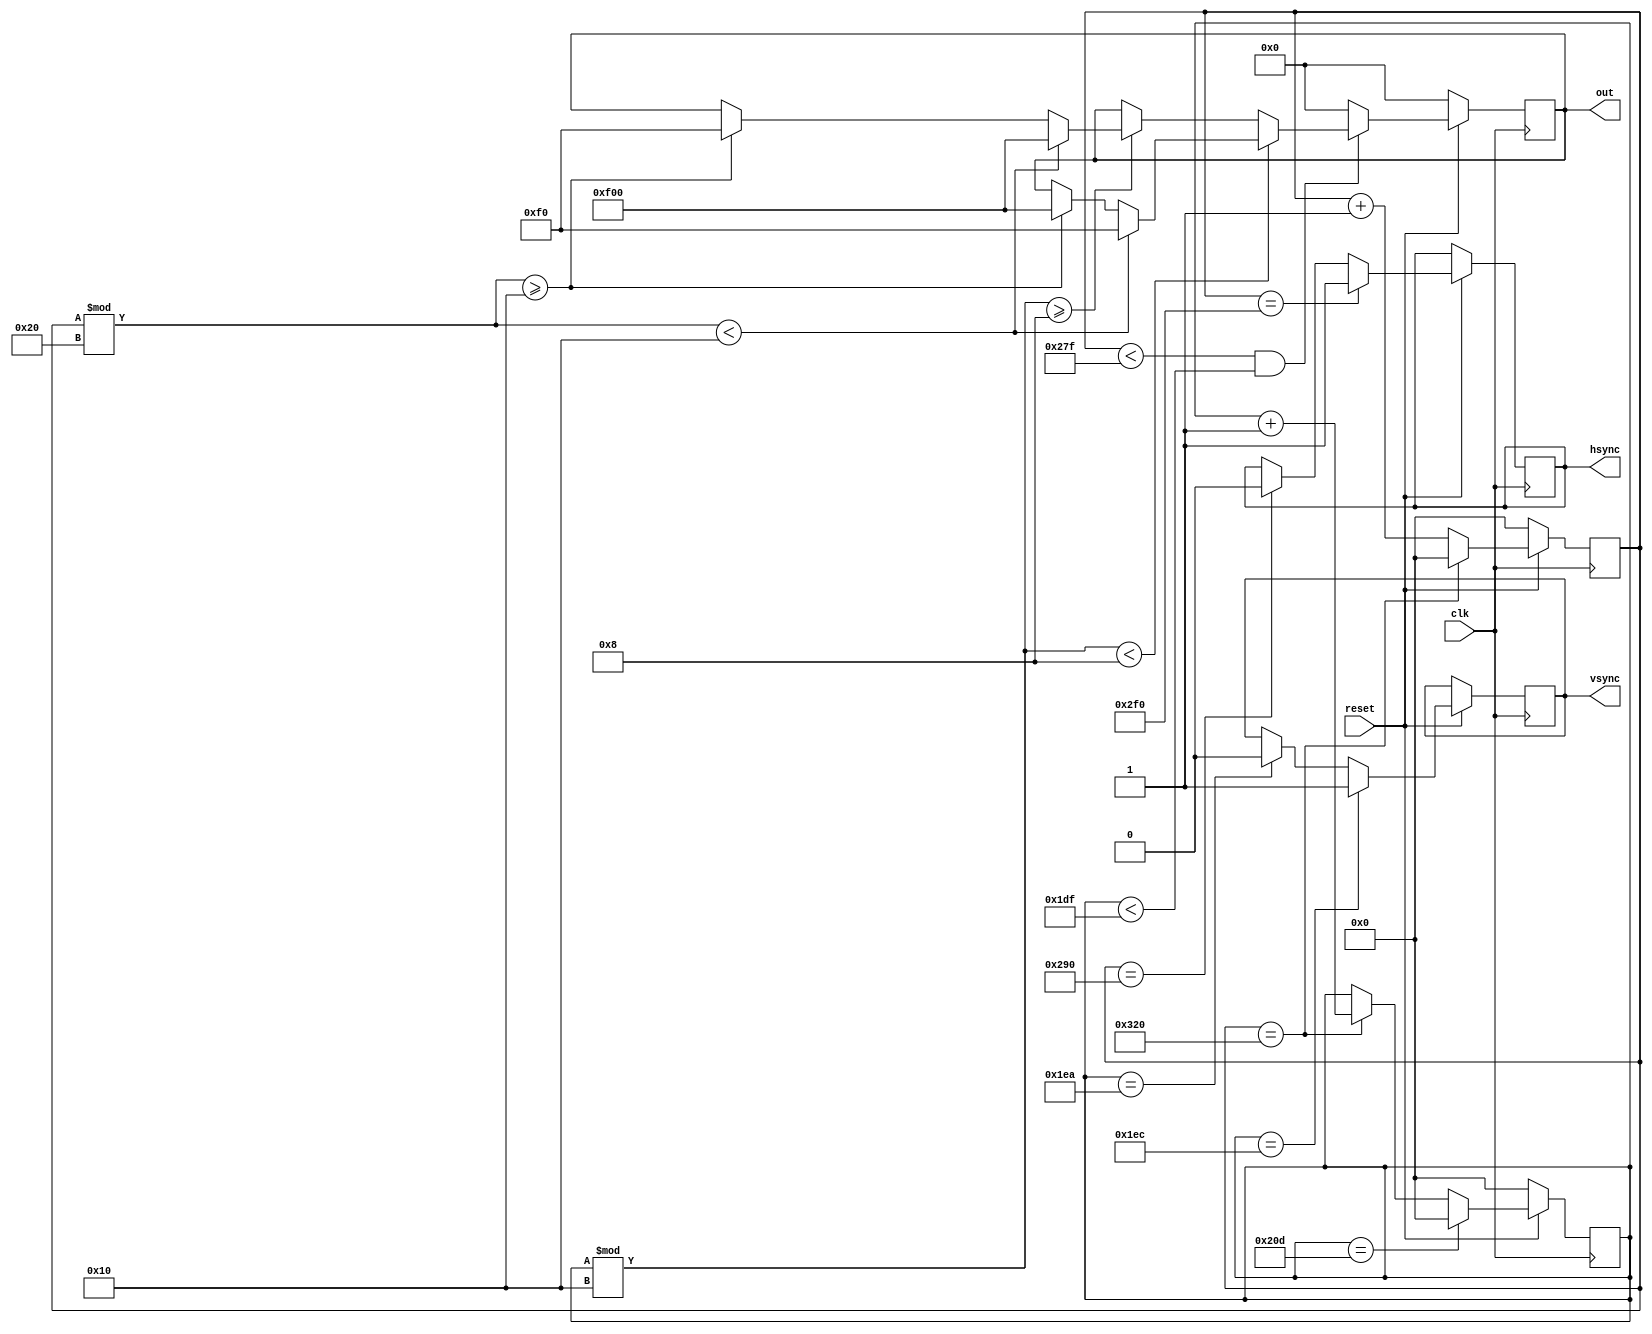
module vga (clk, reset, out, hsync, vsync);

  parameter SCREEN_WIDTH = 640;
  parameter SCREEN_HEIGHT = 480;
  parameter V_POL = 1'b1;
  parameter H_POL = 1'b1;
  // Timing for horizontal front porch, pulse time and back porch
  parameter H_FP = 16;
  parameter H_SYNC = 96;
  parameter H_BP = 48;
  localparam H_MAX = H_FP + H_SYNC + H_BP + SCREEN_WIDTH;

  // Timing for vertical front porch, pulse time and back porch
  parameter V_FP = 10;
  parameter V_SYNC = 2;
  parameter V_BP = 33;
  localparam V_MAX = V_FP + V_SYNC + V_BP + SCREEN_HEIGHT;

  input clk, reset;
  
  // The PMOD VGA connector has 4 Bit for each color
  output reg [11:0] out = 12'b000000000000;

  // for 640x480 both are active low
  output reg hsync = H_POL;
  output reg vsync = V_POL;
  
  reg [15:0] counterH = 0;
  reg [15:0] counterV = 0;

  always @(posedge clk)
    begin
      if (~reset)
        begin
          counterH <= 0;
          counterV <= 0;
          out <= 12'b000000000000;
        end
      else 
        begin

          // Counter
          if (counterH == H_MAX)
            begin
              // Line ends
              counterH <= 0;
              counterV <= counterV + 1;
            end
          else
            counterH <= counterH + 1;

          if (counterV == V_MAX)
            counterV <= 0;

          // Drawing stuff
          if (counterH < SCREEN_WIDTH-1 && counterV < SCREEN_HEIGHT-1)
            begin
              // Visible area: Draw a pattern
              if (counterV % 16 < 8)
                 begin
                   if (counterH % 32 < 16)
                     out <= 12'b000011110000;
                   else if (counterH % 32 >= 16) 
                     out <= 12'b111100000000;
                 end
               else if (counterV % 16 >= 8)
                 begin
                   if (counterH % 32 < 16)
                     out <= 12'b111100000000;
                   else if (counterH % 32 >= 16) 
                     out <= 12'b000011110000;
                 end
            end
          else
            // Out of drawing area, so out is set to 0
            out <= 12'b00000000000;

          // Sync pulses
          if (counterH == SCREEN_WIDTH+H_FP)
            hsync <= ~H_POL;
          if (counterH == SCREEN_WIDTH+H_FP+H_SYNC)
            hsync <= H_POL;

          if (counterV == SCREEN_HEIGHT+V_FP)
            vsync <= ~V_POL;
          if (counterV == SCREEN_HEIGHT+V_FP+V_SYNC)
            vsync <= V_POL;

        end
    end
endmodule